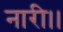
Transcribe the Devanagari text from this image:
नारी।।